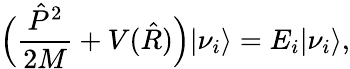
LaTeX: \Big(\frac{\hat{P}^{2}}{2M}+V(\hat{R})\Big)|\nu_{i}\rangle=E_{i}|\nu_{i}\rangle,